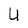
Character: U